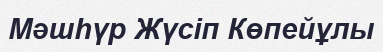
Мәшһүр Жүсіп Көпейұлы